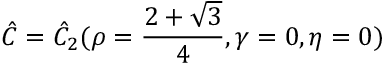
\hat { C } = \hat { C } _ { 2 } ( \rho = \frac { 2 + \sqrt { 3 } } { 4 } , \gamma = 0 , \eta = 0 )